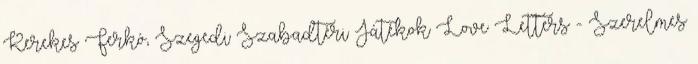
Kerekes Ferkó, Szegedi Szabadtéri Játékok Love Letters - Szerelmes